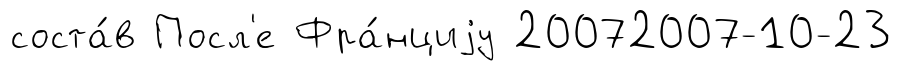
соста́в Посл'е Фра́нциjу 20072007-10-23